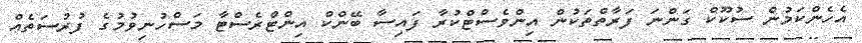
އެހެންކަމުން ސުކޫކް ގަންނަ ފަރާތްތަކުން އިންވެސްޓްކުރާ ފައިސާ ބޭންކް އިންޓްރެސްޓާ މަސްހުނިވުމުގެ ފުރުސަތެއް